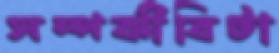
সম্পর্কীবিটা